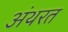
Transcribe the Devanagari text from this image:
अंथरत